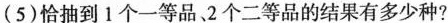
(5)恰抽到1个一等品、2个二等品的结果有多少种?